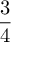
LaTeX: \frac { 3 } { 4 }